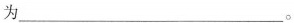
为___。